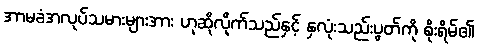
အာမခံအလုပ်သမားများအား ဟုဆိုလိုက်သည်နှင့် နှလုံးသည်းပွတ်ကို စိုးရိမ်၏